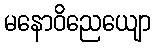
မနောဝိညေယျော